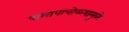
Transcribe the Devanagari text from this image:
पालापाचोळ्यामुळे